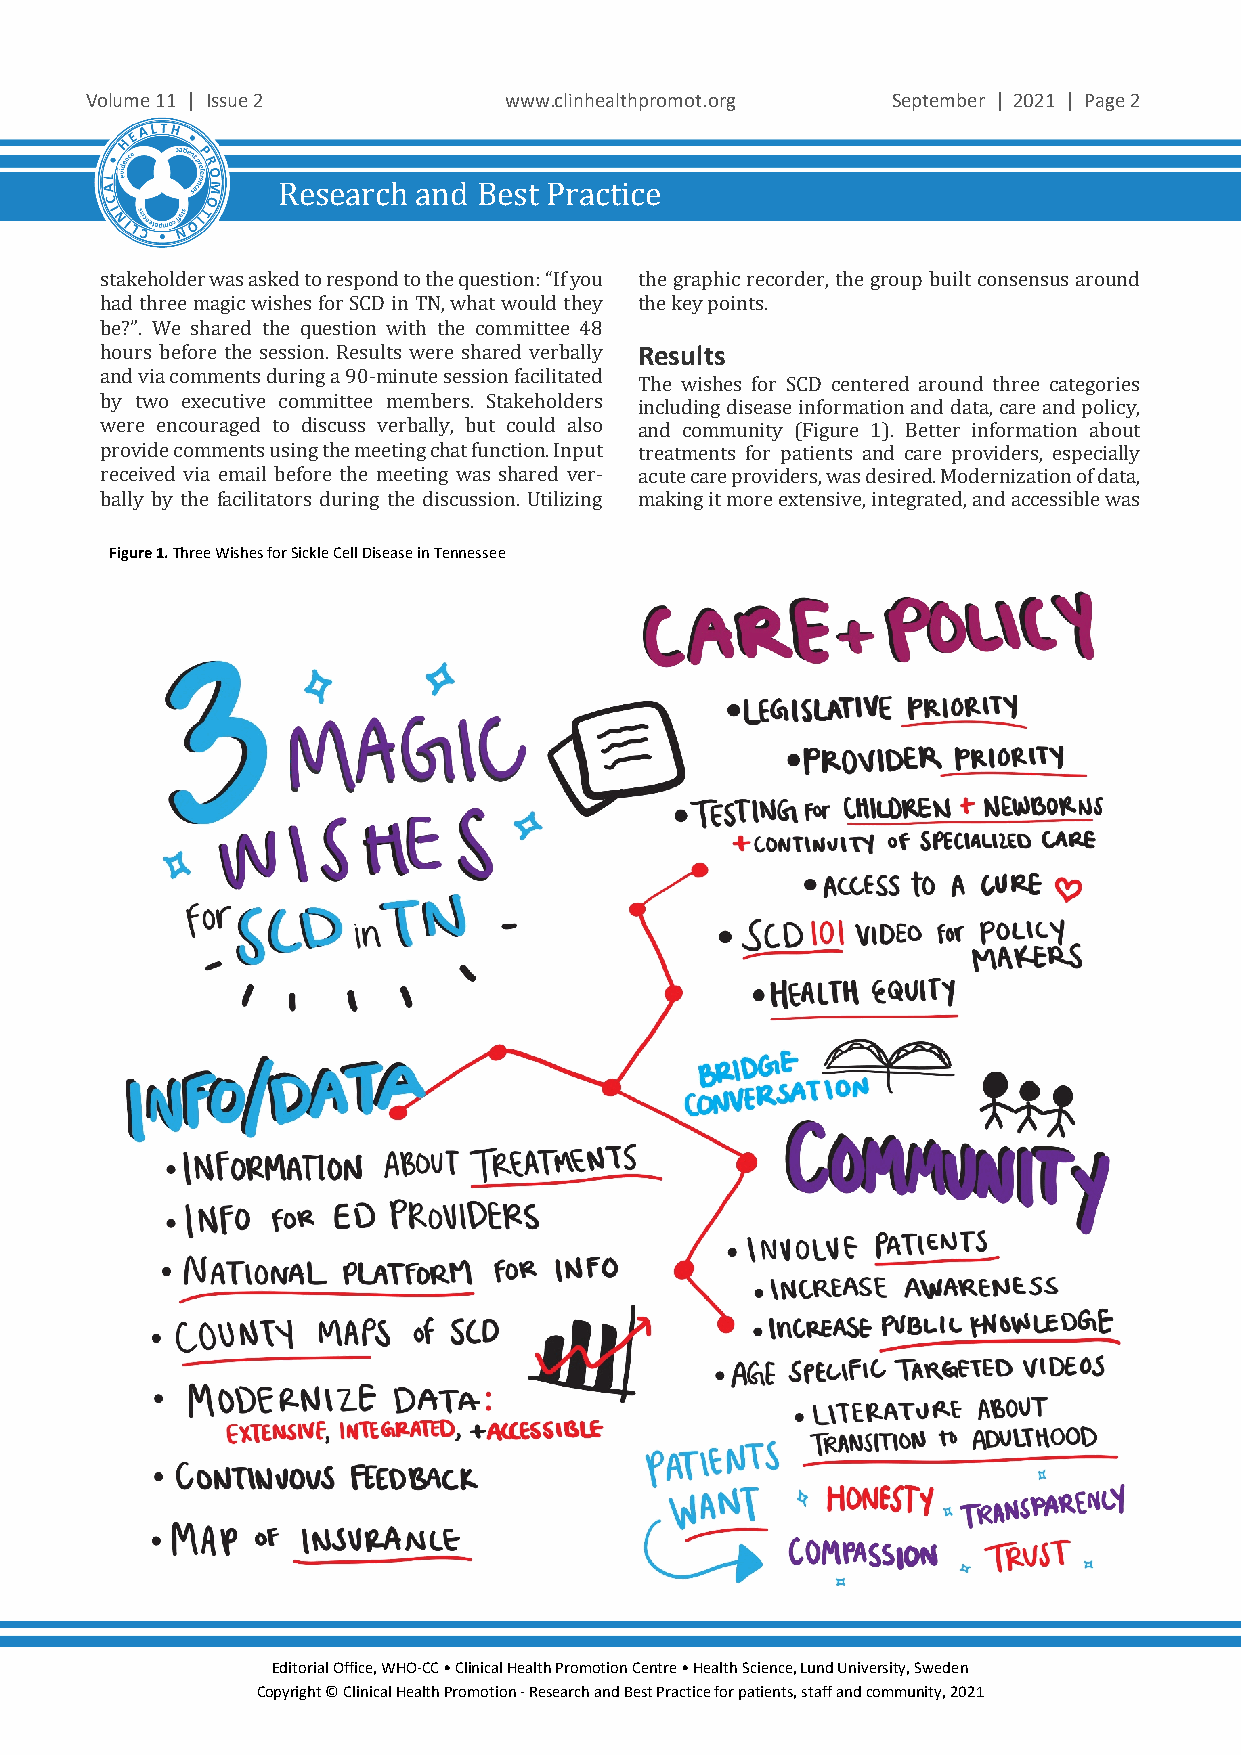
Volume 11 | Issue 2        www.clinhealthpromot.org  September | 2021 | Page 2
 Research  and Best Practice
 stakeholder was asked to respond to the question: “If you the graphic recorder, the group built consensus around
 had three magic wishes for SCD in TN, what would they tRhee skueyl tpso ints.
 be?”. We shared the question with the committee 48
 hours before the session. Results were shared verbally
 and via comments during a 90-minute session facilitated
 The wishes for SCD centered around three categories
 by two executive committee members. Stakeholders including disease information and data, care and policy,
 were encouraged to discuss verbally, but could also and community (Figure 1). Better information about
 provide comments using the meeting chat function. Input treatments for patients and care providers, especially
 received via email before the meeting was shared ver- acute care providers, was desired. Modernization of data,
 bally by the facilitators during the discussion. Utilizing making it more extensive, integrated, and accessible was
 Figure 1. Three Wishes for Sickle Cell Disease in Tennessee
 Editorial Office, WHO-CC • Clinical Health Promotion Centre • Health Science, Lund University, Sweden
 Copyright © Clinical Health Promotion - Research and Best Practice for patients, staff and community, 2021